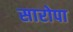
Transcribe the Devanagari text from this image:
सारोपा